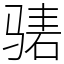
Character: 𬴃